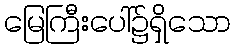
မြေကြီးပေါ်၌ရှိသော